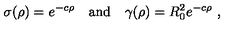
\sigma ( \rho ) = e ^ { - c \rho } \quad \mathrm { a n d } \quad \gamma ( \rho ) = R _ { 0 } ^ { 2 } e ^ { - c \rho } \ ,